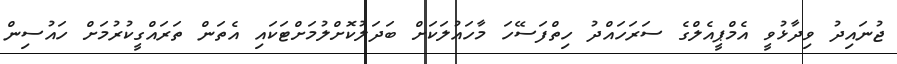
ޖުނައިދު ވިދާޅުވީ އެމްޕީއެލްގެ ސަރަހައްދު ހިތްފަސޭހަ މާހައުލަކަށް ބަދަލުކޮށްލުމަށްޓަކައި އެތަން ތަރައްގީކުރުމަށް ހައުސިން